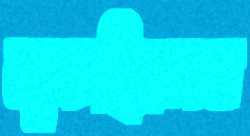
লুফছিলেম